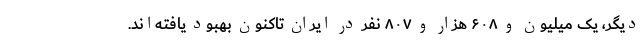
دیگر، یک میلیون و ۶۰۸ هزار و ۸۰۷ نفر در ایران تاکنون بهبود یافته‌اند.